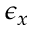
\epsilon _ { x }